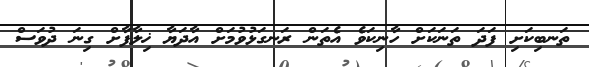
ތަނބިކަށި ފަދަ ތަނަކަށް ހާނިކަވެ އެތަން ރަނގަޅުވުމަށް އާދަޔާ ޚިލާފާށް ގިނަ ދުވަސް